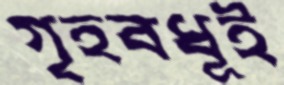
গৃহবধূই